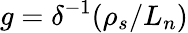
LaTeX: g=\delta^{-1}(\rho_{s}/L_{n})